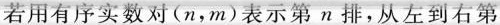
若用有序实数对(n，m)表示第n排，从左到右第